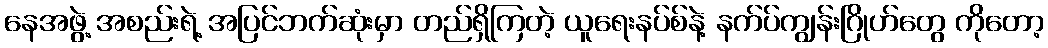
နေအဖွဲ့ အစည်းရဲ့ အပြင်ဘက်ဆုံးမှာ တည်ရှိကြတဲ့ ယူရေးနပ်စ်နဲ့ နက်ပ်ကျွန်းဂြိုဟ်တွေ ကိုတော့